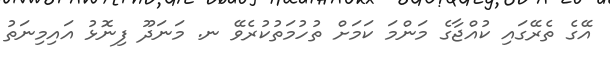
އޭގެ ތެރޭގައި ކުއްޖާގެ މަންމަ ކަމަށް ތުހުމަތުކުރެވޭ ނ. މަނަދޫ ފިނޮޅު އައިމިނަތު